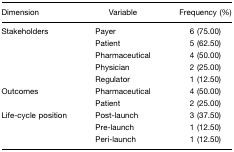
| Dimension | Variable | Frequency (%) |
 | --- | --- | --- |
 | Stakeholders | Payer | 6 (75.00) |
 |  | Patient | 5 (62.50) |
 |  | Pharmaceutical | 4 (50.00) |
 |  | Physician | 2 (25.00) |
 |  | Regulator | 1 (12.50) |
 | Outcomes | Pharmaceutical | 4 (50.00) |
 |  | Patient | 2 (25.00) |
 | Life-cycle position | Post-launch | 3 (37.50) |
 |  | Pre-launch | 1 (12.50) |
 |  | Peri-launch | 1 (12.50) |